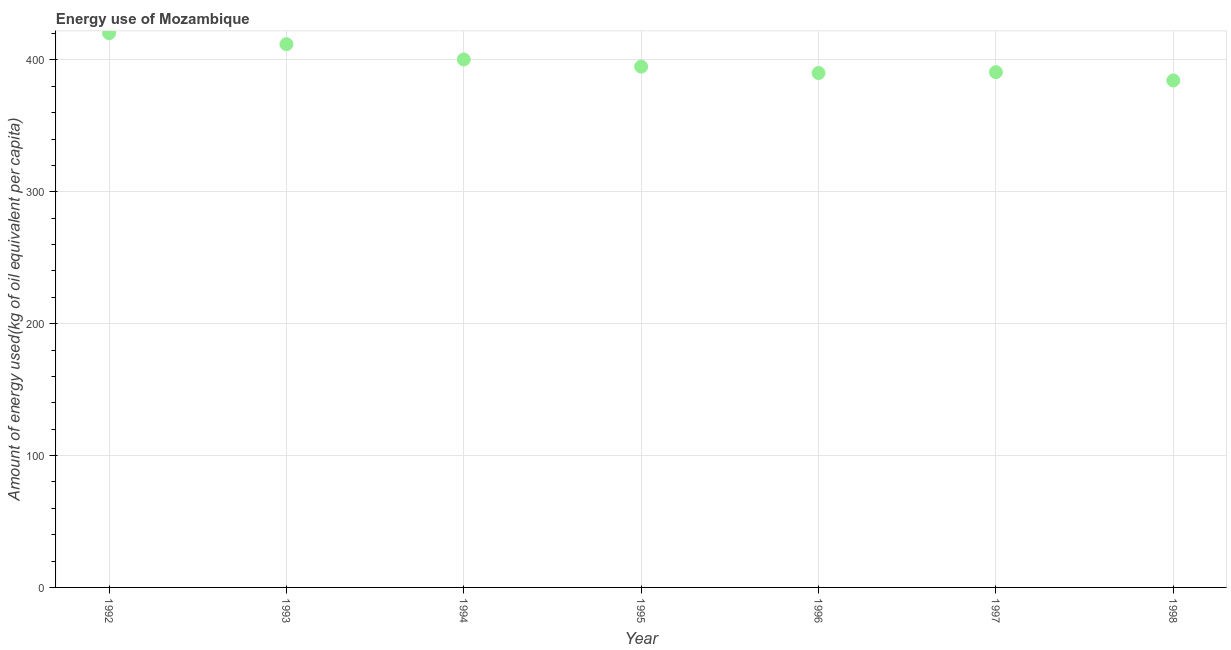
| Year | Energy use  |
 | --- | --- |
 | 1992 | 420 |
 | 1993 | 412 |
 | 1994 | 400 |
 | 1995 | 395 |
 | 1996 | 390 |
 | 1997 | 391 |
 | 1998 | 384 |